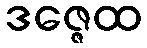
ဒဇ္ဇေထ